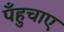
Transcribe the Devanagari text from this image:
पँहुचाए